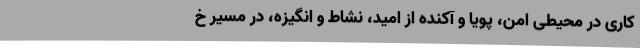
کاری در محیطی امن، پویا و آکنده از امید، نشاط و انگیزه، در مسیر خ